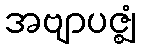
အဗျာပဇ္ဈံ